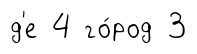
д'е 4 го́род 3